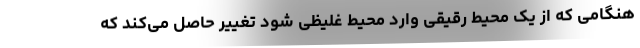
هنگامی که از یک محیط رقیقی وارد محیط غلیظی شود تغییر حاصل می‌کند که